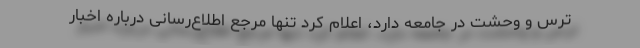
ترس و وحشت در جامعه دارد، اعلام کرد تنها مرجع اطلاع‌رسانی درباره اخبار